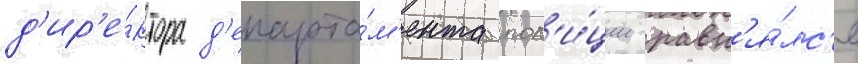
д'ир'е́ктора д'епарта́м'ента пол'и́ции равн'я́лс'я